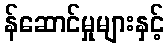
န်ဆောင်မှုများနှင့်